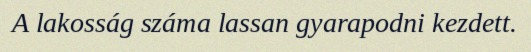
A lakosság száma lassan gyarapodni kezdett.